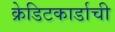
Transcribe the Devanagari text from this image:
क्रेडिटकार्डाची